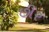
છીર